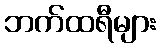
ဘက်ထရီများ